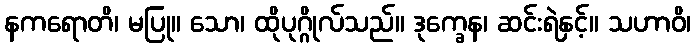
နကရောတိ၊ မပြု။ သော၊ ထိုပုဂ္ဂိုလ်သည်။ ဒုက္ခေန၊ ဆင်းရဲနှင့်။ သဟာဝိ၊